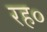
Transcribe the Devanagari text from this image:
रह०